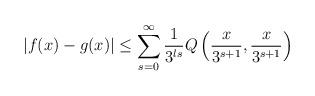
LaTeX: \begin{align*} |f(x)-g(x)|\leq\sum_{s=0}^{\infty}\frac{1}{3^{ls}}Q\left(\frac{x}{3^{s+1}},\frac{x}{3^{s+1}}\right)\end{align*}